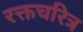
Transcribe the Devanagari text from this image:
रक्तचरित्र